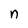
Character: n